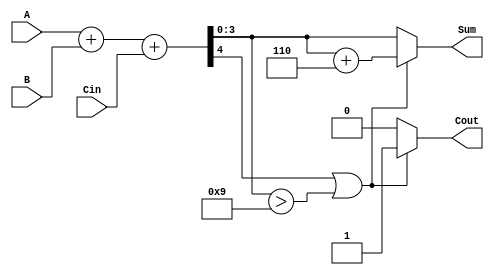
module BCD_Parallel_Adder (
    input  wire [3:0] A,      // First BCD digit
    input  wire [3:0] B,      // Second BCD digit
    input  wire Cin,          // Carry input
    output reg  [3:0] Sum,    // BCD result
    output reg  Cout          // Carry output
);

    wire [4:0] S;            // 5-bit sum to hold A + B + Cin

    // Step 1: Perform binary addition
    assign S = A + B + Cin;

    // Step 2: BCD Correction Logic
    always @(*) begin
        // Initialize outputs
        Sum = 4'b0000;
        Cout = 1'b0;

        // Check if correction is needed
        if (S[4] == 1 || S[3:0] > 4'b1001) begin
            // Apply correction by adding 6 (0110)
            Sum = S[3:0] + 4'b0110; // Add correction
            Cout = 1'b1;            // Set carry output
        end else begin
            Sum = S[3:0];           // No correction needed
            Cout = 1'b0;            // No carry out
        end
    end

endmodule